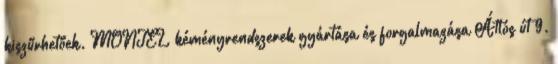
kiszűrhetőek. MONTEL kéményrendszerek gyártása és forgalmazása Átlós út 9.